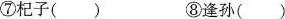
⑦杞子() ⑧逢孙()